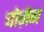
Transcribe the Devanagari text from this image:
चोज़ेन